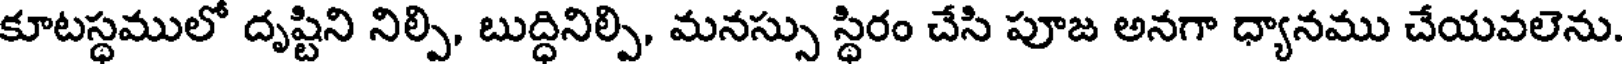
కూటస్థములో దృష్టిని నిల్పి, బుద్ధినిల్పి, మనస్సు స్థిరం చేసి పూజ అనగా ధ్యానము చేయవలెను.